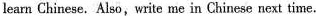
learn Chinese. Also,write me in Chinese next time.